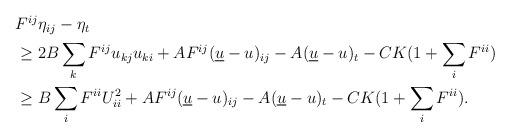
LaTeX: \begin{align*}\begin{aligned}& F^{ij} \eta _{ij} - \eta_t\\&\geq 2 B \sum_k F^{ij} u_{kj} u_{ki} + A F^{ij} (\underline{u} -u)_{ij} - A(\underline{u} - u)_t - CK(1 + \sum_i F^{ii}) \\& \geq B \sum_i F^{ii} U_{ii}^2 + A F^{ij} (\underline{u} -u)_{ij} - A(\underline{u} - u)_t - CK(1 + \sum_i F^{ii}).\end{aligned}\end{align*}